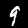
Digit: 9